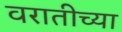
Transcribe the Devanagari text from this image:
वरातीच्या